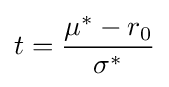
t={\frac {\mu ^{*}-r_{0}}{\sigma ^{*}}}